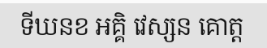
ទីឃនខ អគ្គិ វេស្សន គោត្ត